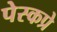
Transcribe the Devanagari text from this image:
पेस्कप्रे